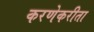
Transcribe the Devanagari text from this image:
करणेकरीता